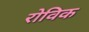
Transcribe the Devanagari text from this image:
रोविक